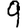
Digit: 9